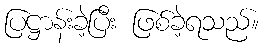
ပြဋ္ဌာန်းခဲ့ပြီး ဖြစ်ခဲ့ရသည်။